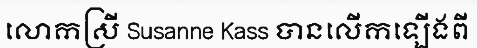
លោកស្រី Susanne Kass បានលើកឡើងពី